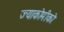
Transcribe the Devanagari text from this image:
ज्याकोमीको